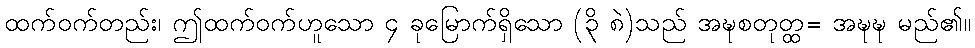
ထက်ဝက်တည်း၊ ဤထက်ဝက်ဟူသော ၄ ခုမြောက်ရှိသော (၃ိ ၈ဲ)သည် အဍ္ဎစတုတ္ထ= အဍ္ဎဍ္ဎ မည်၏။